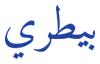
بيطري